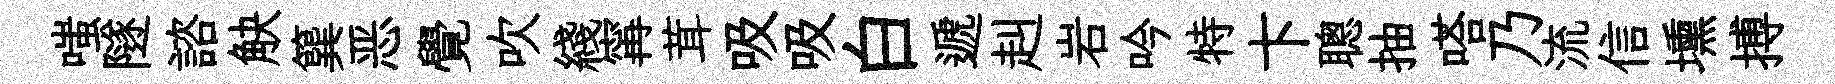
嗤隧諮觖簨恶覺吹綫𡩋茸吸吸白遞赳岩吟特卞聰抽嗒乃流信壎搏